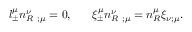
l _ { \pm } ^ { \mu } n _ { R } ^ { \nu } \; _ { ; \mu } = 0 , \; \; \; \; \; \; \xi _ { \pm } ^ { \mu } n _ { R } ^ { \nu } \; _ { ; \mu } = n _ { R } ^ { \mu } \xi _ { \nu ; \mu } .